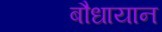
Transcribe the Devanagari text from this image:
बौधायान